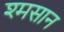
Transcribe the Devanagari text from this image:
श्मसान